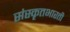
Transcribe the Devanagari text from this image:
संस्कृतभारती